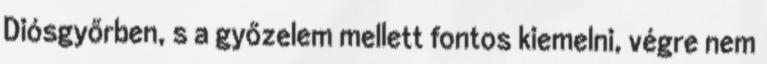
Diósgyőrben, s a győzelem mellett fontos kiemelni, végre nem